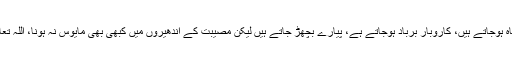
سفر آزادی میں مصیبتیں ضرور آتی رہتی ہیں ، شہادتیں ضرور ہوتی ہیں، زخم پڑتے ہیں ، گھر بار تباہ ہوجاتے ہیں، کاروبار برباد ہوجاتے ہے، پیارے بچھڑ جاتے ہیں لیکن مصیبت کے اندھیروں میں کبھی بھی مایوس نہ ہونا، اللہ تعالیٰ تمھارے سینوں کے ٹیسوں کو یونہی دکھتے نہیں دے گا، کبھی وہ آس کا دریا رُکھنے نہیں دے گا۔